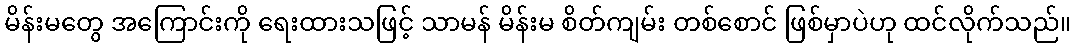
မိန်းမတွေ အကြောင်းကို ရေးထားသဖြင့် သာမန် မိန်းမ စိတ်ကျမ်း တစ်စောင် ဖြစ်မှာပဲဟု ထင်လိုက်သည်။